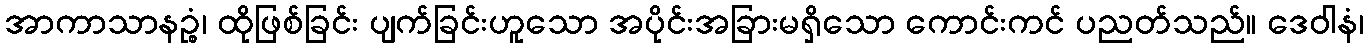
အာကာသာနဉ္စံ၊ ထိုဖြစ်ခြင်း ပျက်ခြင်းဟူသော အပိုင်းအခြားမရှိသော ကောင်းကင် ပညတ်သည်။ ဒေဝါနံ၊